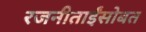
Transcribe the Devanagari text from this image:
रजनीताईंसोबत